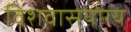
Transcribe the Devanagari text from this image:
विशवासयोग्य